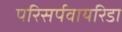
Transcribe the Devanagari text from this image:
परिसर्पवायरिडा